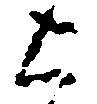
上